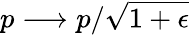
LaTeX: p\longrightarrow p/\sqrt{1+\epsilon}